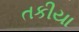
તકીયા